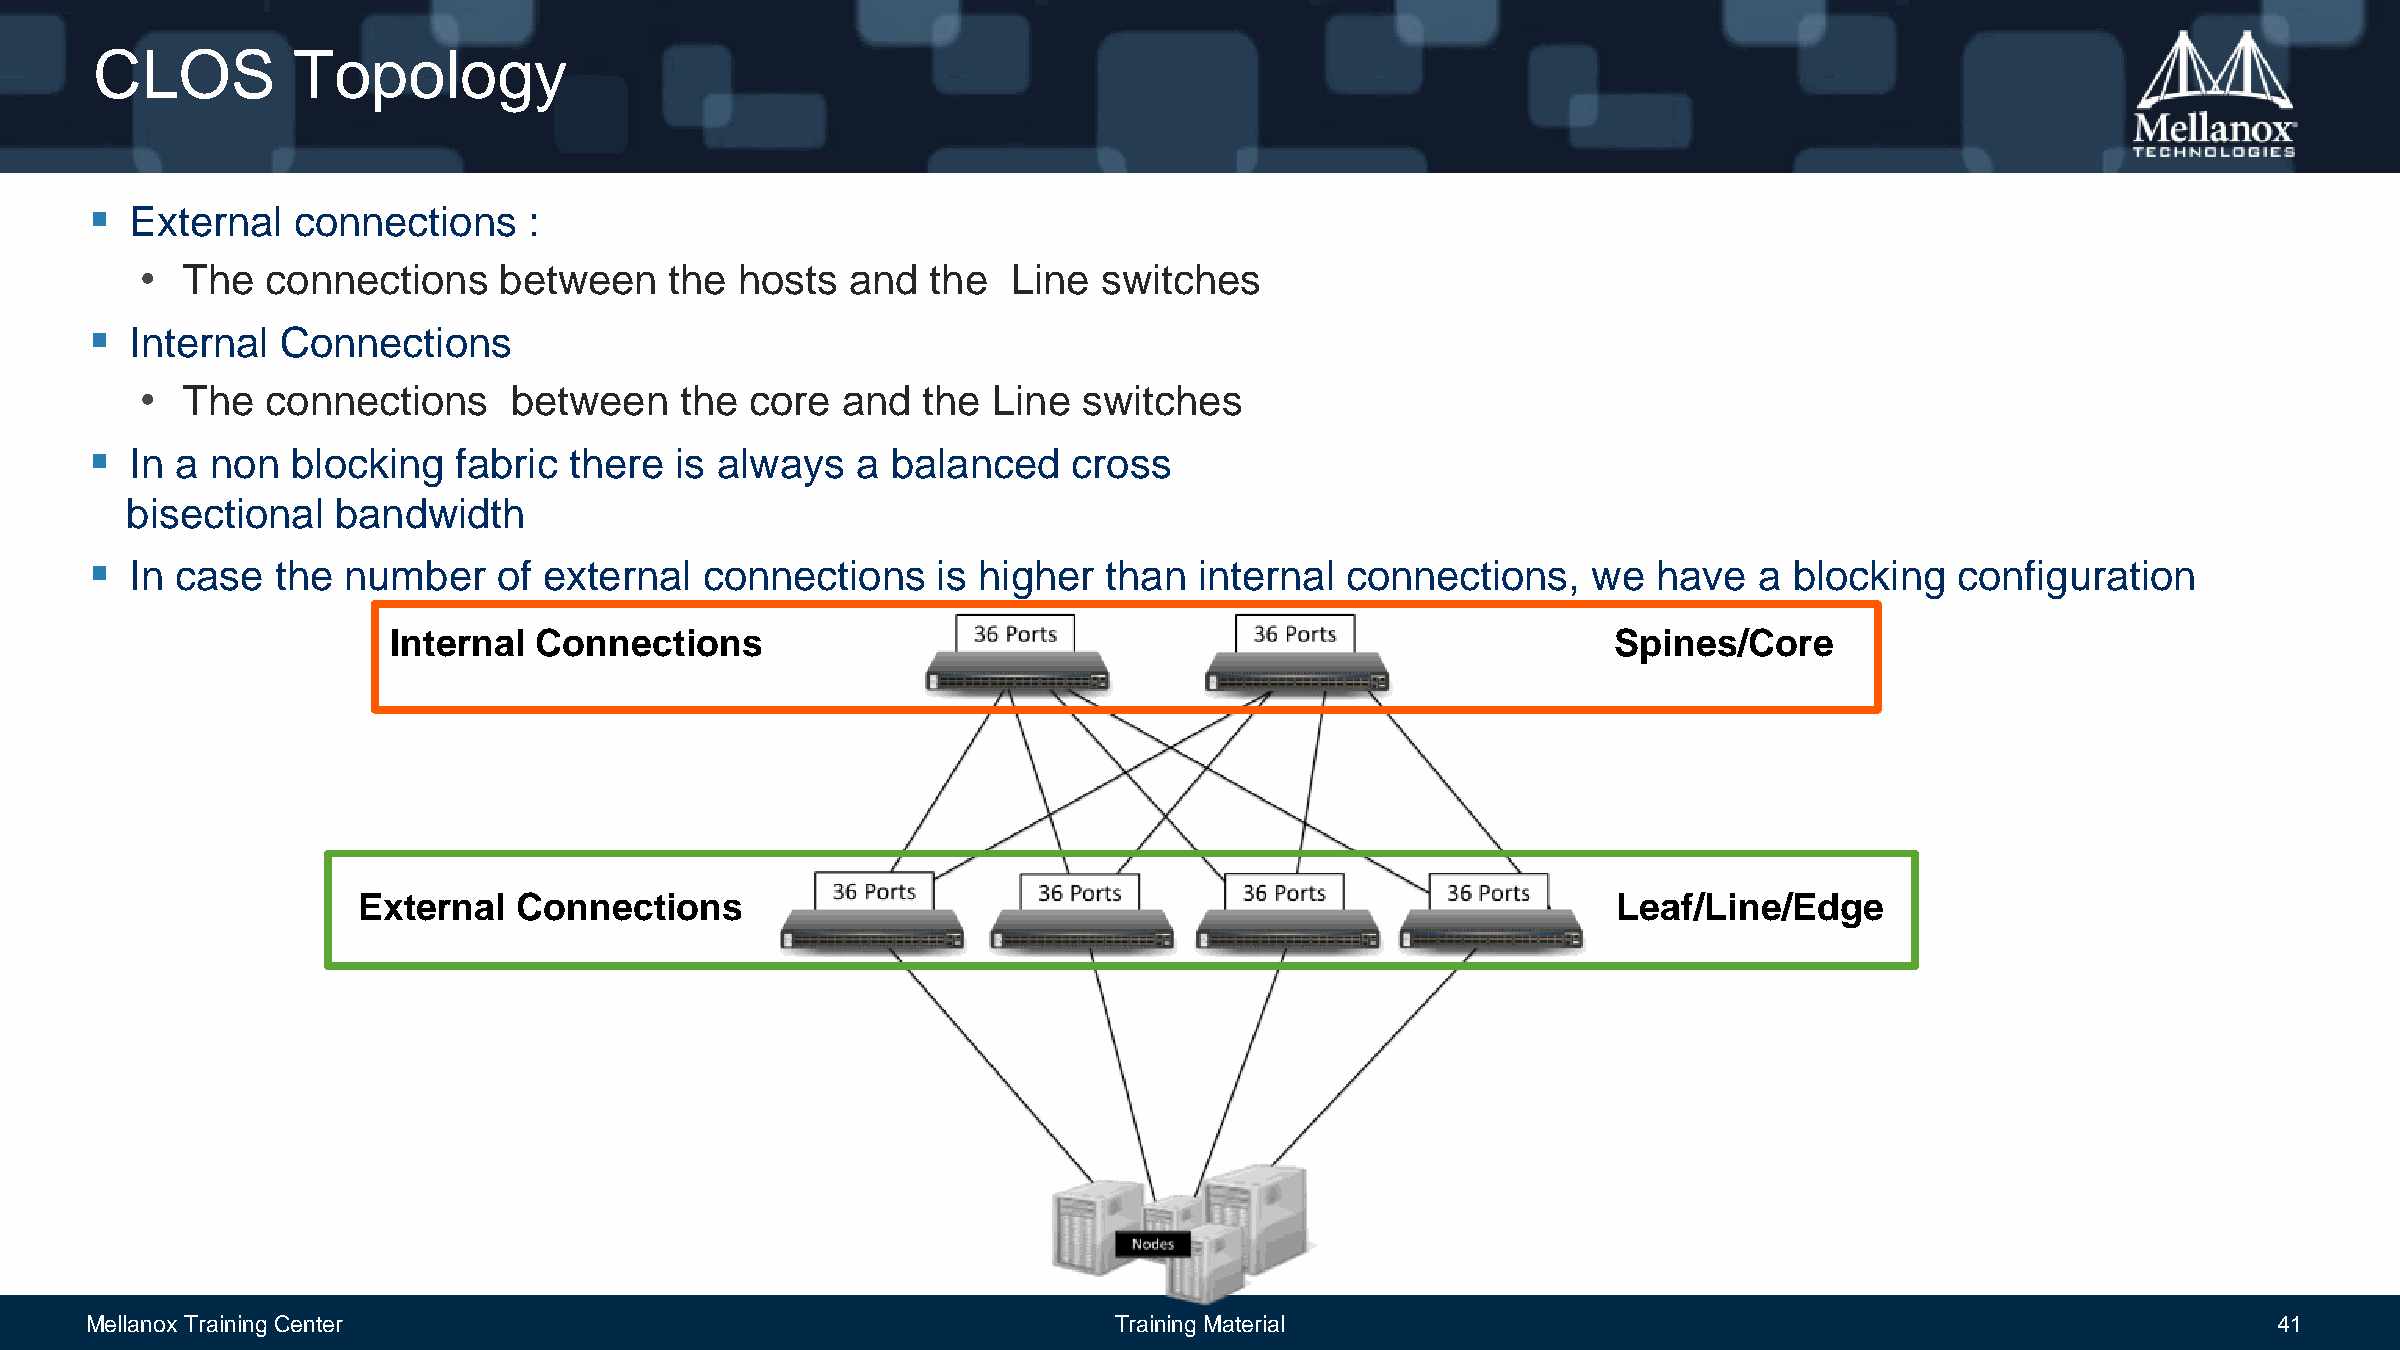
CLOS         Topology
   External  connections     :
 •  The   connections    between    the  hosts  and   the  Line  switches
   Internal  Connections
 •  The   connections     between    the  core  and  the  Line  switches
   In a non  blocking   fabric  there  is always   a balanced    cross
 bisectional   bandwidth
   In case  the  number    of external   connections    is higher  than  internal  connections,    we   have  a  blocking   configuration
 Internal Connections                                                             Spines/Core
 External  Connections                                                              Leaf/Line/Edge
 Mellanox Training Center                                            Training Material                                                            41